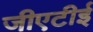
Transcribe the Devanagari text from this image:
जीएटीई